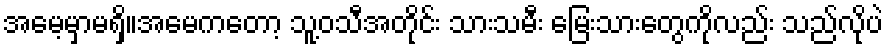
အမေ့မှာမရှိ။အမေကတော့ သူ့ဝသီအတိုင်း သားသမီး မြေးသားတွေကိုလည်း သည်လိုပဲ